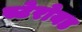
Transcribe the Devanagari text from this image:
स्टेरोयड